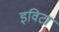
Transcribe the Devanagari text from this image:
इविटा